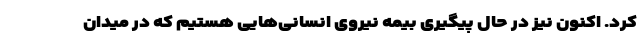
کرد. اکنون نیز در حال پیگیری بیمه نیروی انسانی‌هایی هستیم که در میدان